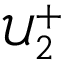
\mathcal { U } _ { 2 } ^ { + }